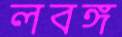
লবঙ্গ